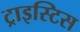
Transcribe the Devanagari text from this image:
ट्राइस्टिस